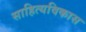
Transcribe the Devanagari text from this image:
साहित्यविकास